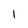
Character: 1